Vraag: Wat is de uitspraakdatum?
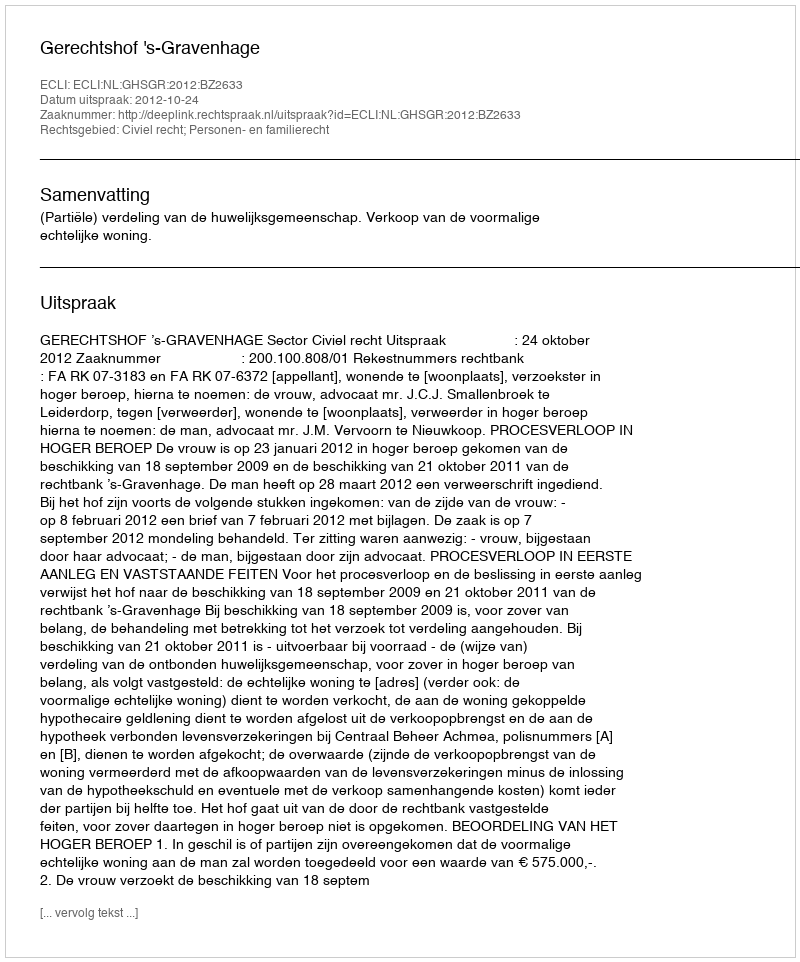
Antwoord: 2012-10-24